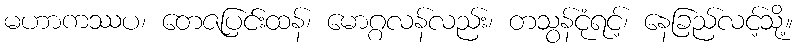
မဟာကဿပ၊ တေဇပြင်းထန်၊ မောဂ္ဂလန်လည်း၊ တသွန်ငုံရင့်၊ နေခြည်လင့်သို့။